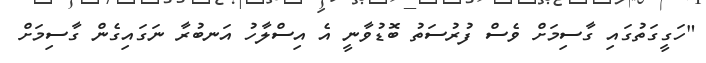
"ހަގީގަތުގައި ގާސިމަށް ވެސް ފުރުސަތު ބޮޑުވާނީ އެ އިސްލާހު އަނބުރާ ނަގައިގެން ގާސިމަށް